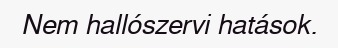
Nem hallószervi hatások.